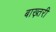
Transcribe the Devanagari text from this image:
बाख़्तरी